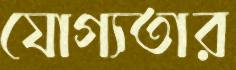
যোগ্যতার